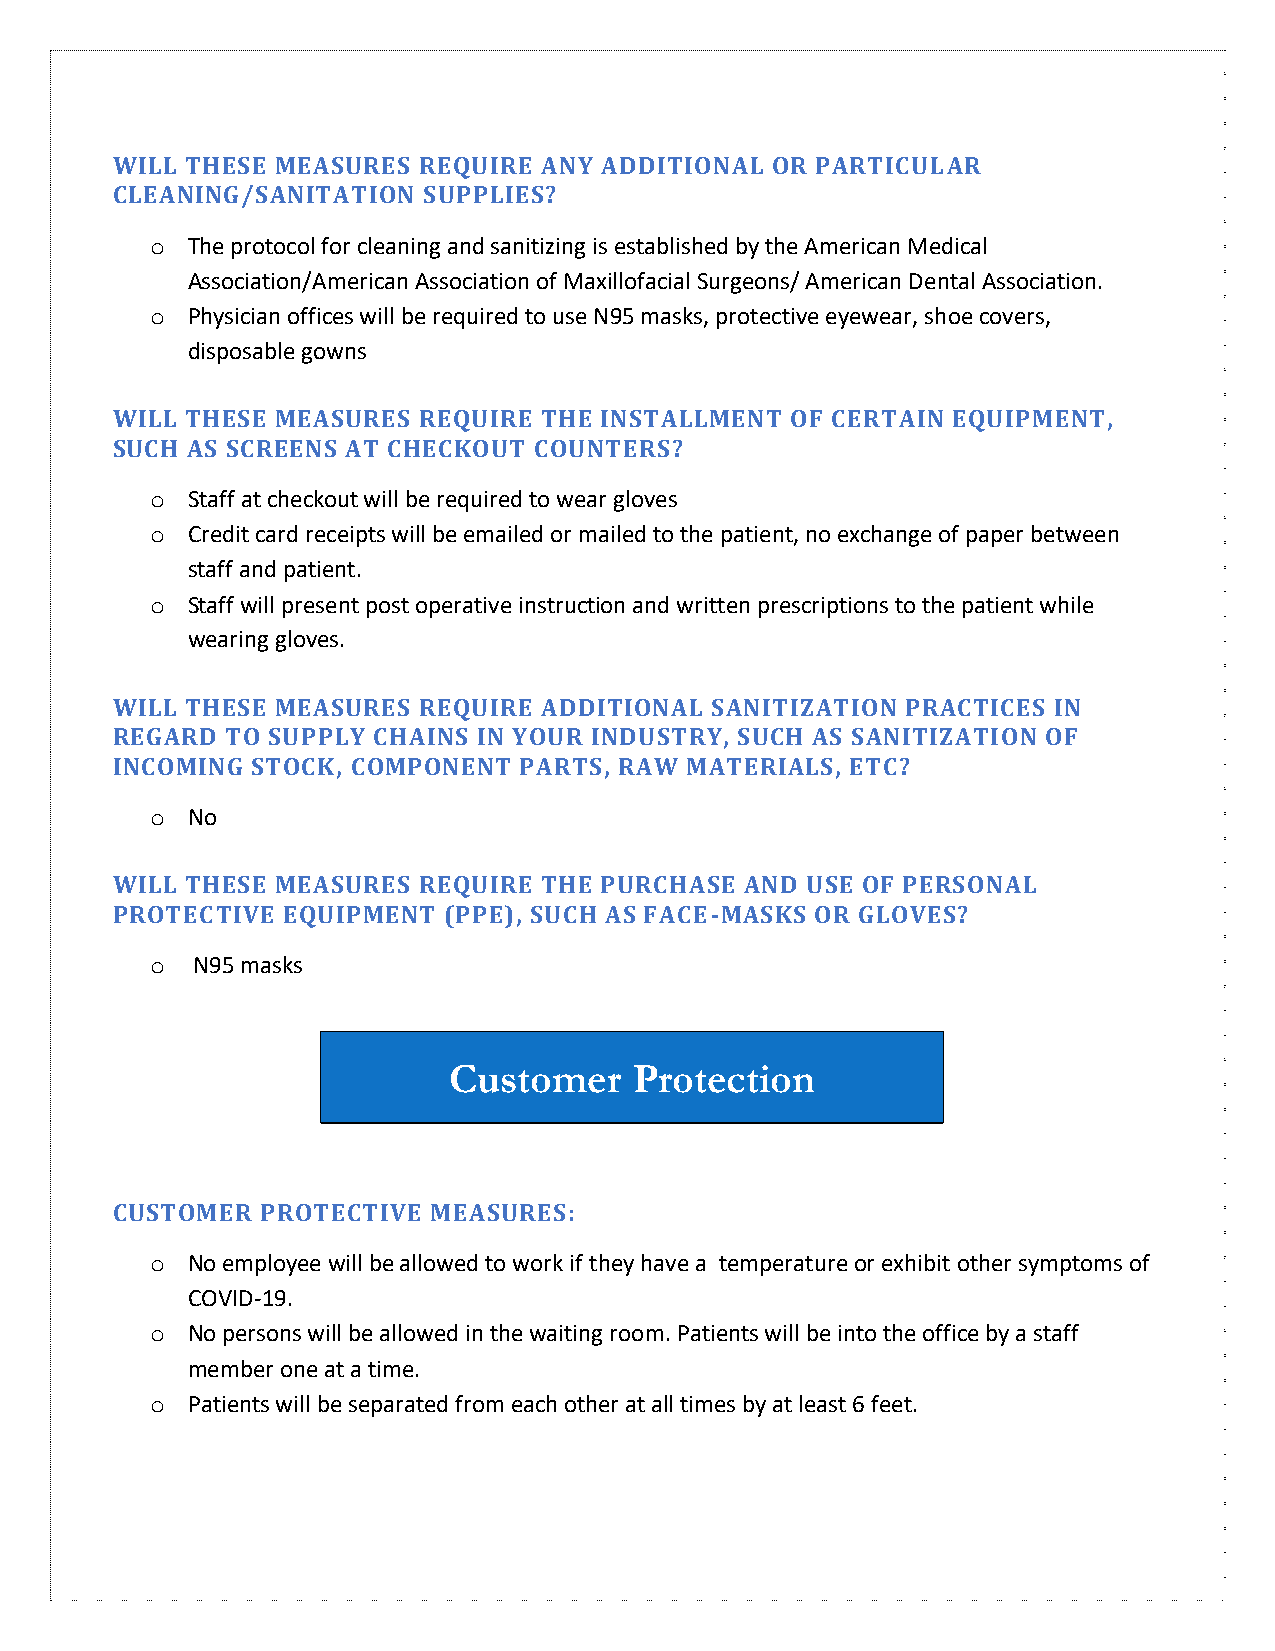
WILL THESE MEASURES  REQUIRE ANY ADDITIONAL OR PARTICULAR
 CLEANING/SANITATION  SUPPLIES?
 o The protocol for cleaning and sanitizing is established by the American Medical
 Association/American Association of Maxillofacial Surgeons/ American Dental Association.
 o Physician offices will be required to use N95 masks, protective eyewear, shoe covers,
 disposable gowns
 WILL THESE MEASURES  REQUIRE THE INSTALLMENT OF CERTAIN EQUIPMENT,
 SUCH AS SCREENS AT CHECKOUT COUNTERS?
 o Staff at checkout will be required to wear gloves
 o Credit card receipts will be emailed or mailed to the patient, no exchange of paper between
 staff and patient.
 o Staff will present post operative instruction and written prescriptions to the patient while
 wearing gloves.
 WILL THESE MEASURES  REQUIRE ADDITIONAL SANITIZATION PRACTICES IN
 REGARD  TO SUPPLY CHAINS IN YOUR INDUSTRY, SUCH AS SANITIZATION OF
 INCOMING  STOCK, COMPONENT PARTS, RAW MATERIALS, ETC?
 o No
 WILL THESE MEASURES  REQUIRE THE PURCHASE AND USE OF PERSONAL
 PROTECTIVE  EQUIPMENT (PPE), SUCH AS FACE-MASKS OR GLOVES?
 o  N95 masks
 Customer    Protection
 CUSTOMER  PROTECTIVE  MEASURES:
 o No employee will be allowed to work if they have a temperature or exhibit other symptoms of
 COVID-19.
 o No persons will be allowed in the waiting room. Patients will be into the office by a staff
 member one at a time.
 o Patients will be separated from each other at all times by at least 6 feet.